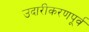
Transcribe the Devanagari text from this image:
उदारीकरणपूर्व